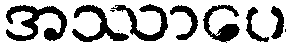
အဿာပေ